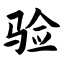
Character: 验